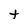
Character: t